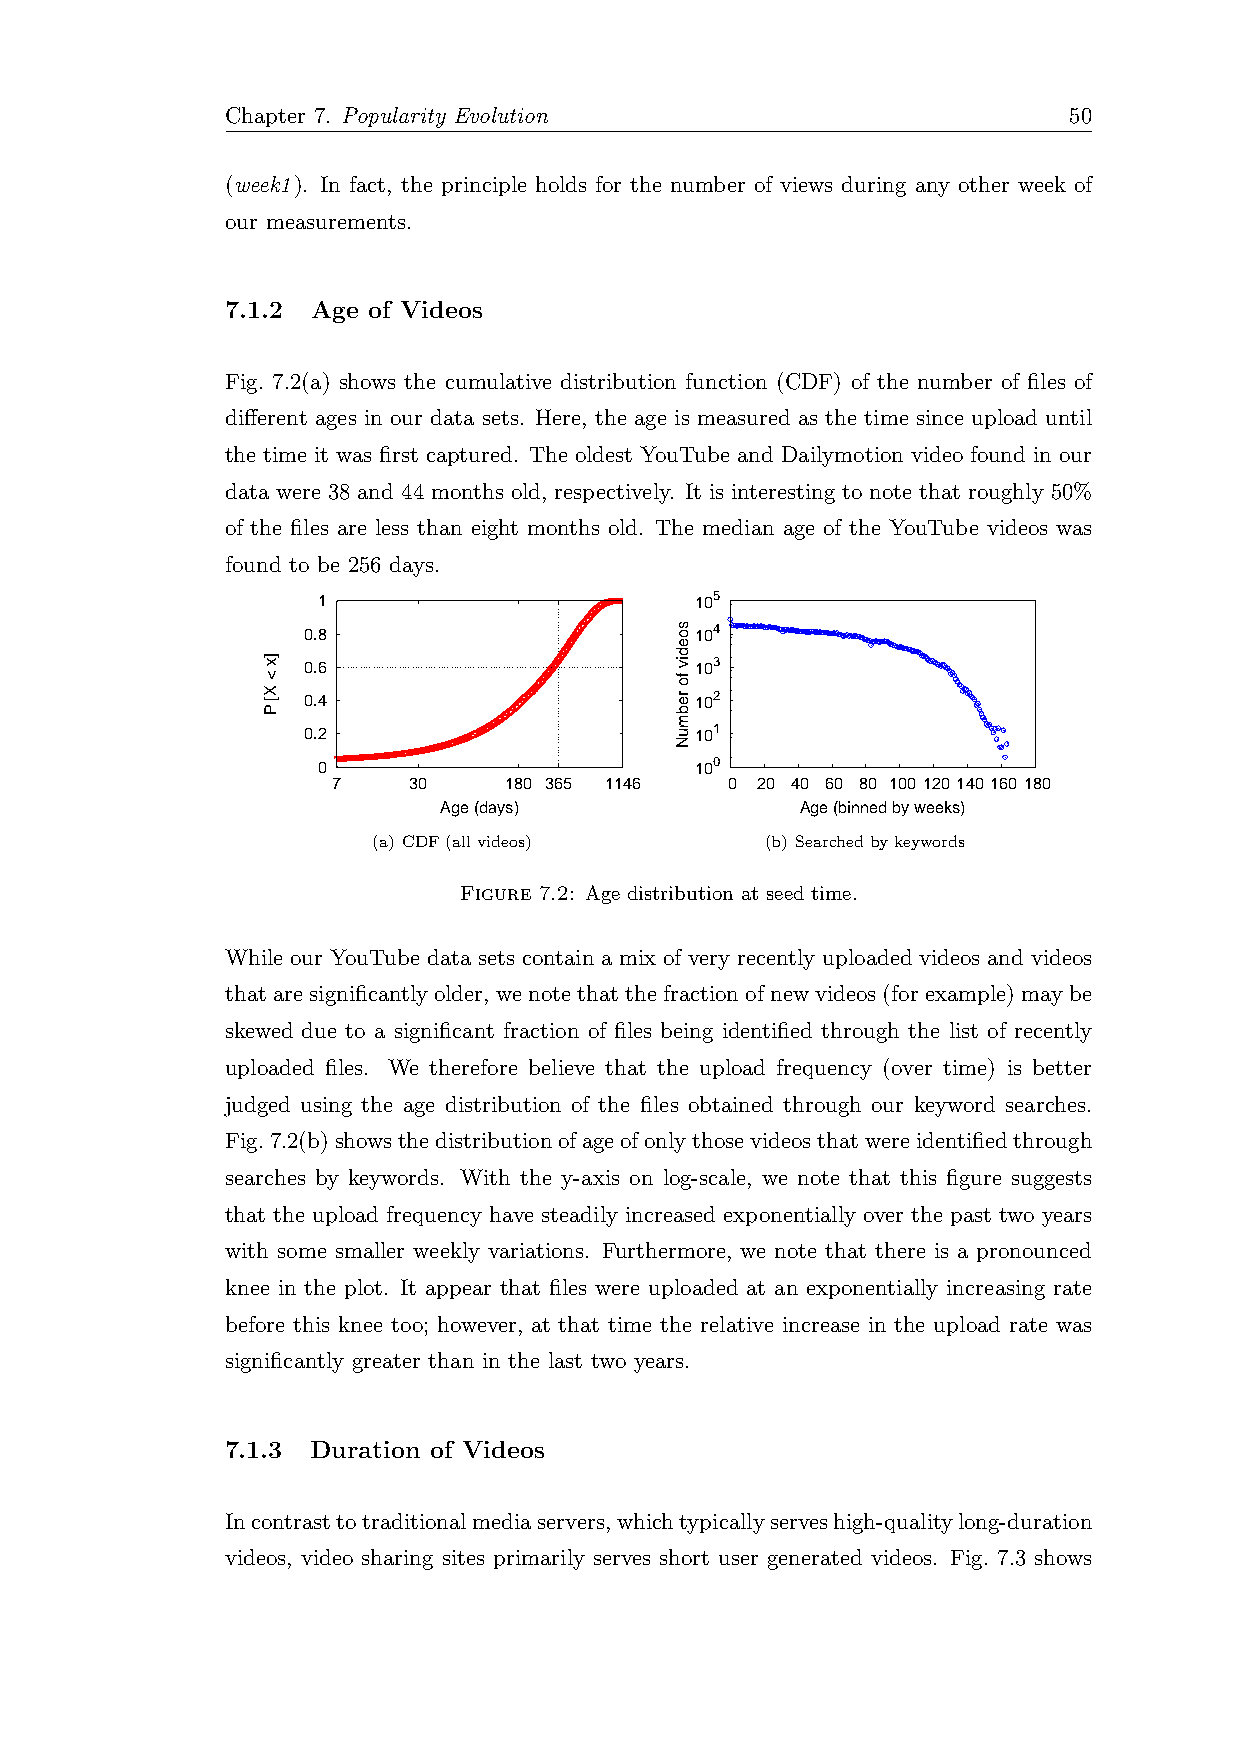
Chapter 7. Popularity Evolution                         50
 (week1). In fact, the principle holds for the number of views during any other week of
 our measurements.
 7.1.2 Age of Videos
 Fig. 7.2(a) shows the cumulative distribution function (CDF) of the number of files of
 different ages in our data sets. Here, the age is measured as the time since upload until
 the time it was first captured. The oldest YouTube and Dailymotion video found in our
 data were 38 and 44 months old, respectively. It is interesting to note that roughly 50%
 of the files are less than eight months old. The median age of the YouTube videos was
 found to be 256 days.
 1                        105
 0.8                       104
 0.6                       103
 0.4                       102
 0.2                       101
 0                        100
 7    30    180 365 1146   0 20 40 60 80 100 120 140 160 180
 Age (days)              Age (binned by weeks)
 (a) CDF(allvideos)        (b) Searchedbykeywords
 Figure 7.2: Age distribution at seed time.
 While our YouTube data sets contain a mix of very recently uploaded videos and videos
 thataresignificantlyolder, wenotethatthefractionofnewvideos(forexample)maybe
 skewed due to a significant fraction of files being identified through the list of recently
 uploaded files. We therefore believe that the upload frequency (over time) is better
 judged using the age distribution of the files obtained through our keyword searches.
 Fig.7.2(b)showsthedistributionofageofonlythosevideosthatwereidentifiedthrough
 searches by keywords. With the y-axis on log-scale, we note that this figure suggests
 that the upload frequency have steadily increased exponentially over the past two years
 with some smaller weekly variations. Furthermore, we note that there is a pronounced
 knee in the plot. It appear that files were uploaded at an exponentially increasing rate
 before this knee too; however, at that time the relative increase in the upload rate was
 significantly greater than in the last two years.
 7.1.3 Duration of Videos
 Incontrasttotraditionalmediaservers,whichtypicallyserveshigh-qualitylong-duration
 videos, video sharing sites primarily serves short user generated videos. Fig. 7.3 shows
 ]x
 <
 X[
 P
 soediv
 fo
 rebmuN